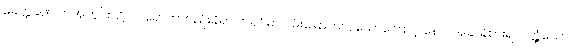
ခေတ္တခဏ တဲအတွင်းသို့ ဝင်ရောက်တည်းခိုရာ တဲရှင်မှာ ဝမ်းမြောက်လှသောကြောင့် နောင်အခါ ခံစားရလတ္တံ့သော